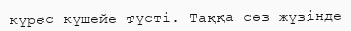
күрес күшейе түсті. Таққа сөз жүзінде